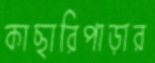
কাছারিপাড়ার